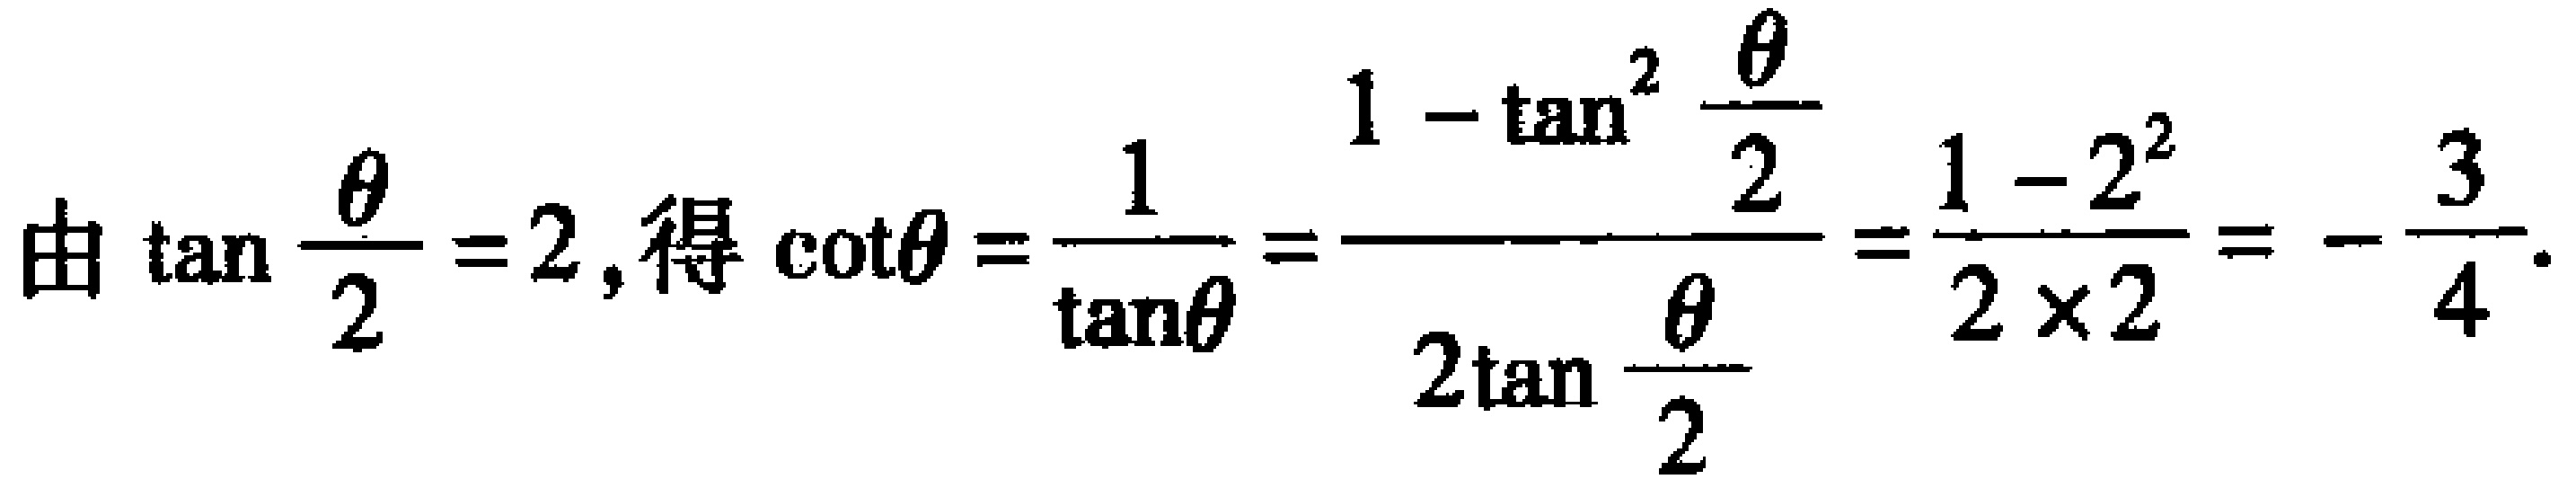
由 \(\tan \frac{\theta}{2} = 2\), 得 \(\cot\theta = \frac{1}{\tan\theta}=\frac{1 - \tan^{2} \frac{\theta}{2}}{2\tan \frac{\theta}{2}}=\frac{1 - 2^{2}}{2 \times 2}= -\frac{3}{4}\).